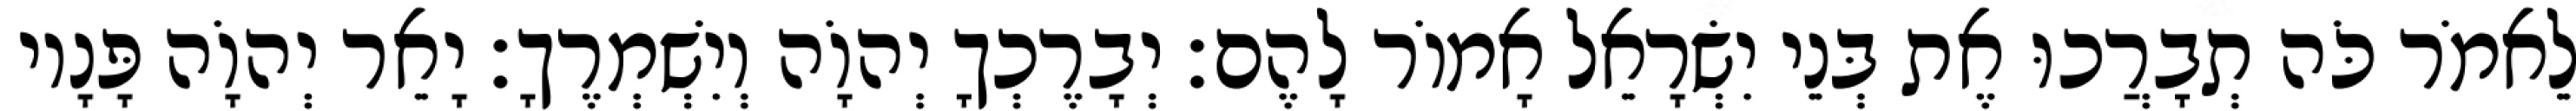
לֵאמֹר כֹּה תְבָרֲכוּ אֶת בְּנֵי יִשְׂרָאֵל אָמוֹר לָהֶם׃ יְבָרֶכְךָ יְהוָֹה וְיִשְׁמְרֶךָ׃ יָאֵר יְהוָֹה פָּנָיו